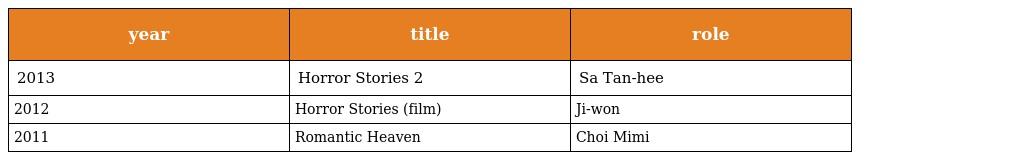
| year | title | role |
 | --- | --- | --- |
 | 2013 | Horror Stories 2 | Sa Tan-hee |
 | 2012 | Horror Stories (film) | Ji-won |
 | 2011 | Romantic Heaven | Choi Mimi |